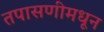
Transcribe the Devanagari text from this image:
तपासणीमधून